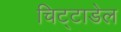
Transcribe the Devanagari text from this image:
चिट्टाडेल